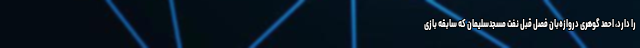
را دارد، احمد گوهری دروازه‌بان فصل قبل نفت مسجدسلیمان که سابقه بازی